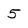
Character: 5